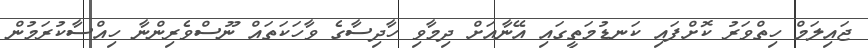
ޖައިލަމް ހިތްވަރު ކޮށްފައި ކަނޑުމަތީގައި އޭނާއަށް ދިމާވި ހާދިސާގެ ވާހަކަތައް ނޫސްވެރިންނާ ހިއްސާކުރަމުން